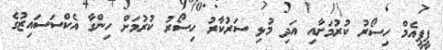
ޕީޕީއެމް ހިސޯރު ކުރުމަށާއި އަދި މުޅި ސަރުކާރު ހިސޯރު ކުރުމަށް ހިންގާ އެކްސަސައިޒުގެ